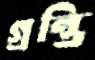
গ্রন্তি